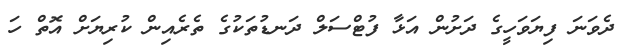
ދެވަނަ ފިޔަވަހީގެ ދަށުން އަޅާ ފުޓްސަލް ދަނޑުތަކުގެ ތެރެއިން ކުރިޔަށް އޮތް ހަ